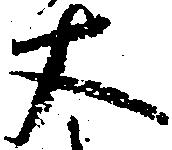
丈